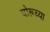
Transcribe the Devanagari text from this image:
बोरूच्या